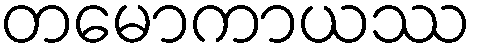
တမောကာယဿ